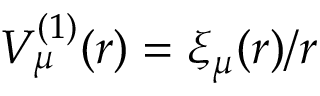
V _ { \mu } ^ { ( 1 ) } ( r ) = \xi _ { \mu } ( r ) / r